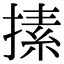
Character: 㨞